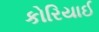
કોરિયાઈ